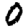
Digit: 0